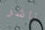
ناشر